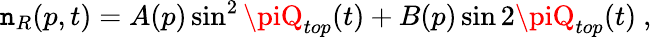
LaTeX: \mathtt{n}_{R}(p,t)=A(p)\sin^{2}\piQ_{top}(t)+B(p)\sin2\piQ_{top}(t)\ ,